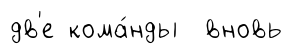
дв'е кома́нды вновь